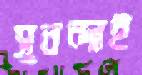
সুনন্দাই